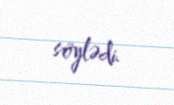
söylədi.